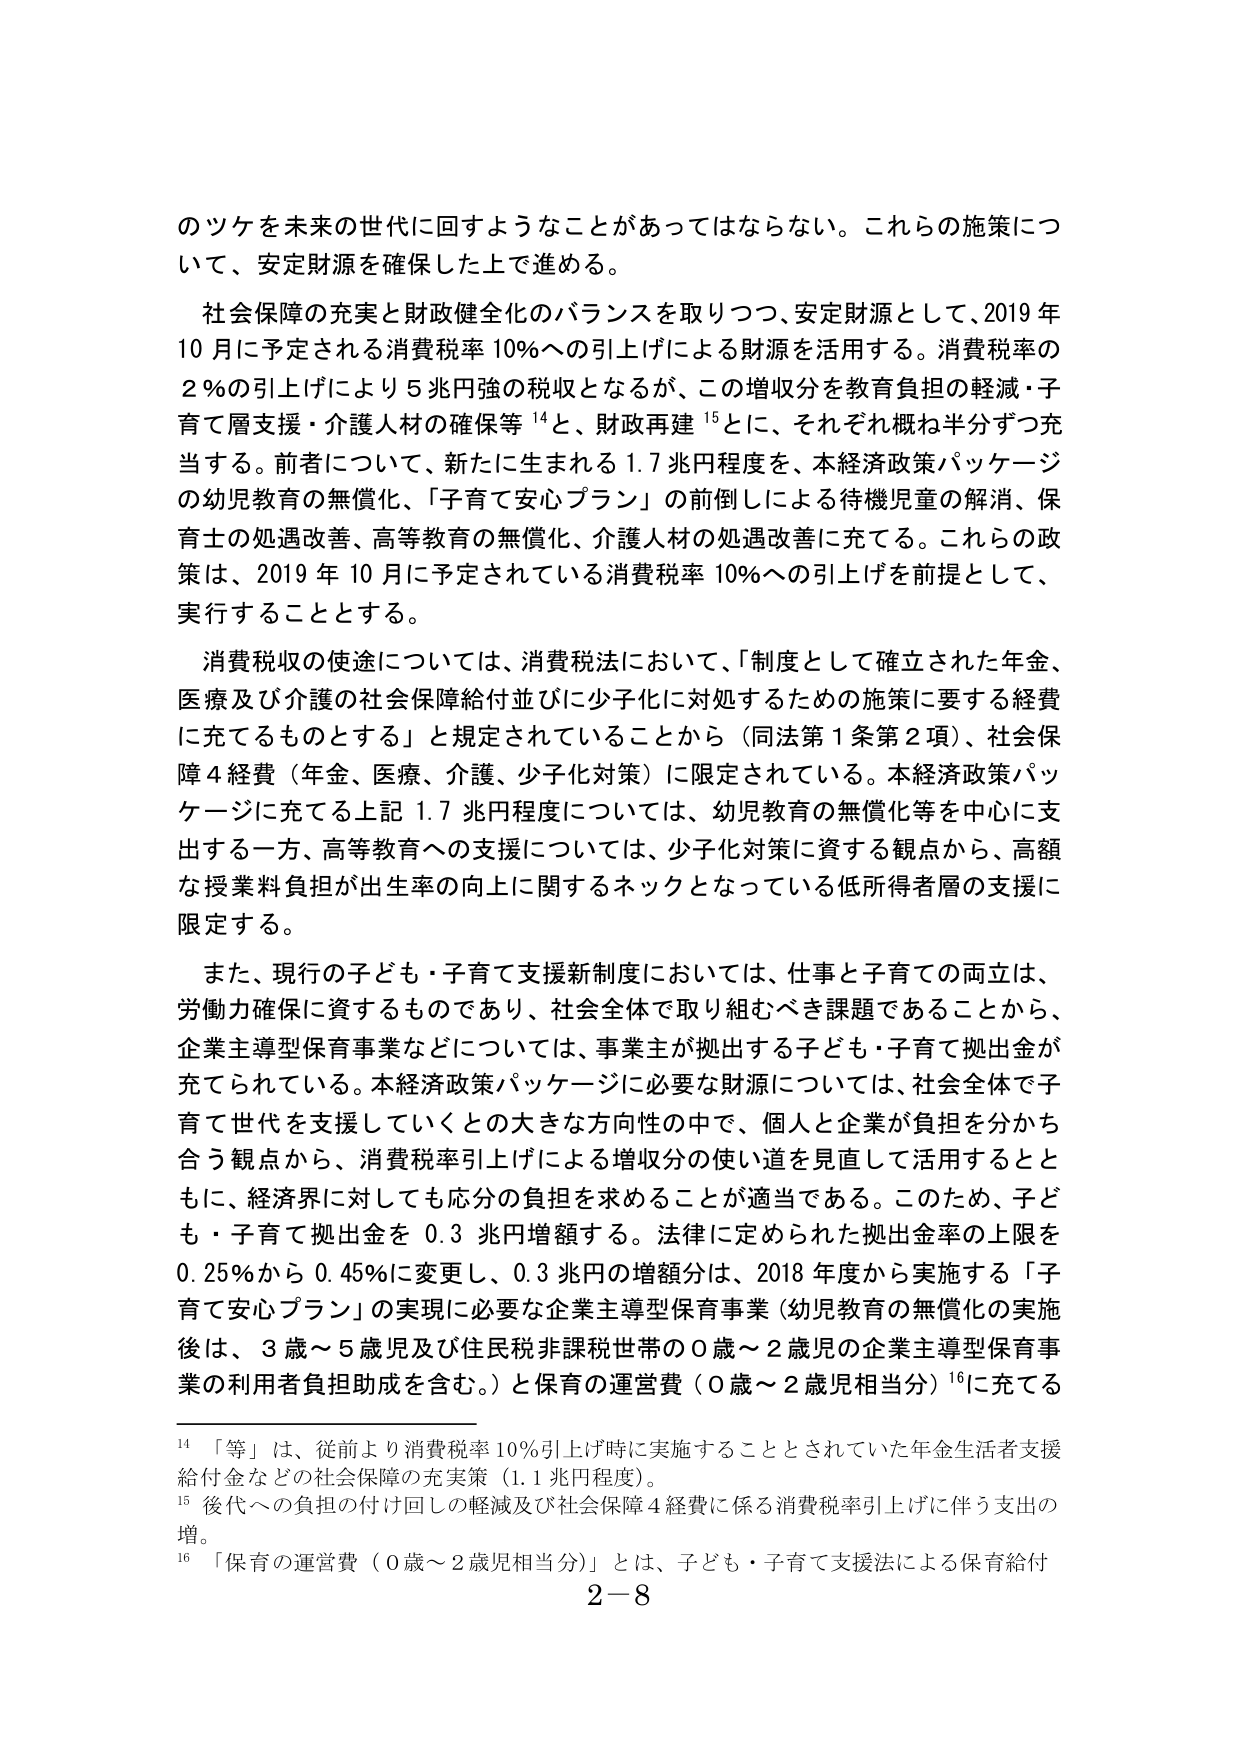
のツケを未来の世代に回すようなことがあってはならない。これらの施策について、安定財源を確保した上で進める。

社会保障の充実と財政健全化のバランスを取りつつ、安定財源として、2019年10月に予定される消費税率10％への引上げによる財源を活用する。消費税率の2％の引上げにより5兆円強の税収となるが、この増収分を教育負担の軽減・子育て層支援・介護人材の確保等¹⁴と、財政再建¹⁵とに、それぞれ概ね半分ずつ充当する。前者について、新たに生まれる1.7兆円程度を、本経済政策パッケージの幼児教育の無償化、「子育て安心プラン」の前倒しによる待機児童の解消、保育士の処遇改善、高等教育の無償化、介護人材の処遇改善に充てる。これらの政策は、2019年10月に予定されている消費税率10％への引上げを前提として、実行することとする。

消費税収の使途については、消費税法において、「制度として確立された年金、医療及び介護の社会保障給付並びに少子化に対処するための施策に要する経費に充てるものとする」と規定されていることから（同法第1条第2項）、社会保障4経費（年金、医療、介護、少子化対策）に限定されている。本経済政策パッケージに充てる上記1.7兆円程度については、幼児教育の無償化等を中心に支出する一方、高等教育への支援については、少子化対策に資する観点から、高額な授業料負担が出生率の向上に関するネックとなっている低所得者層の支援に限定する。

また、現行の子ども・子育て支援新制度においては、仕事と子育ての両立、労働力確保に資するものであり、社会全体で取り組むべき課題であることから、企業主導型保育事業などについては、事業主が拠出する子ども・子育て拠出金が充てられている。本経済政策パッケージに必要な財源については、社会全体で子育て世代を支援していくとの大きな方向性の中で、個人と企業が負担を分かち合う観点から、消費税率引上げによる増収分の使い道を見直して活用するとともに、経済界に対しても応分の負担を求めることが適当である。このため、子ども・子育て拠出金を0.3兆円増額する。法律に定められた拠出金率の上限を0.25％から0.45％に変更し、0.3兆円の増額分は、2018年度から実施する「子育て安心プラン」の実現に必要な企業主導型保育事業（幼児教育の無償化の実施後は、3歳～5歳児及び住民税非課税世帯の0歳～2歳児の企業主導型保育事業の利用者負担助成を含む。）と保育の運営費（0歳～2歳児相当分）¹⁶に充てる

¹⁴ 「等」は、従前より消費税率10％引上げ時に実施することとされていた年金生活者支援給付金などの社会保障の充実策（1.1兆円程度）。

¹⁵ 後代への負担の付け回しの軽減及び社会保障4経費に係る消費税率引上げに伴う支出の増。

¹⁶ 「保育の運営費（0歳～2歳児相当分）」とは、子ども・子育て支援法による保育給付

2－8